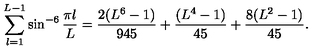
\sum _ { l = 1 } ^ { L - 1 } \sin ^ { - 6 } { \frac { \pi l } { L } } = { \frac { 2 ( L ^ { 6 } - 1 ) } { 9 4 5 } } + { \frac { ( L ^ { 4 } - 1 ) } { 4 5 } } + { \frac { 8 ( L ^ { 2 } - 1 ) } { 4 5 } } .